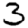
Digit: 3